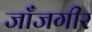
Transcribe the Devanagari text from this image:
जाँजगीर